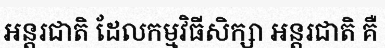
អន្តរជាតិ ដែលកម្មវិធីសិក្សា អន្តរជាតិ គឺ